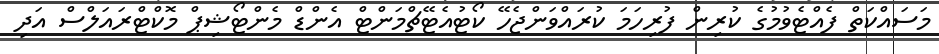
މަސައްކަތް ފެއްޓެވުމުގެ ކުރިން ފުރިހަމަ ކުރައްވަންޖެހޭ ކޯޓުއެޓޭޗްމަންޓް އެންޑް މެންޓޯޝިޕް މޮކްޓްރައަލްސް އަދި